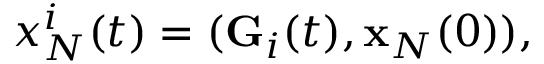
\begin{array} { r } { x _ { N } ^ { i } ( t ) = ( { \bf G } _ { i } ( t ) , { \bf x } _ { N } ( 0 ) ) , } \end{array}